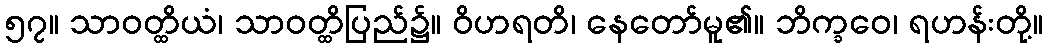
၅၇။ သာဝတ္ထိယံ၊ သာဝတ္ထိပြည်၌။ ဝိဟရတိ၊ နေတော်မူ၏။ ဘိက္ခဝေ၊ ရဟန်းတို့။